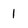
Character: 1